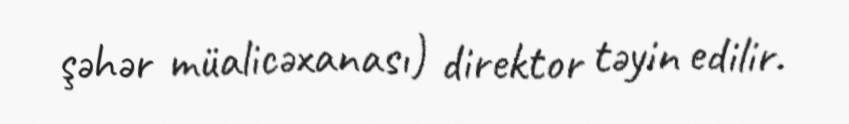
şəhər müalicəxanası) direktor təyin edilir.